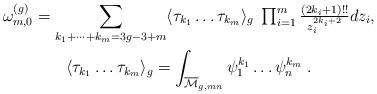
LaTeX: \begin{align*}\begin{gathered}\omega^{(g)}_{m,0}=\sum_{k_1+\dots+k_m=3g-3+m}\langle \tau_{k_1}\dots\tau_{k_m}\rangle_g\;\textstyle\prod_{i=1}^m\frac{(2k_i+1)!!}{z_i^{2k_i+2}}dz_i,\\\langle \tau_{k_1}\dots\tau_{k_m}\rangle_g=\int_{\overline{\mathcal M}_{g,mn}}\psi_1^{k_1}\dots\psi_n^{k_m}\;.\end{gathered}\end{align*}